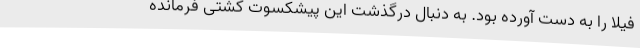
فیلا را به دست آورده بود. به دنبال درگذشت این پیشکسوت کشتی فرمانده